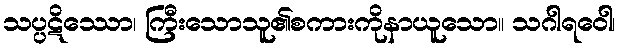
သပ္ပဋိဿော၊ ကြီးသောသူ၏စကားကိုနာယူသော။ သဂါရဝေါ၊